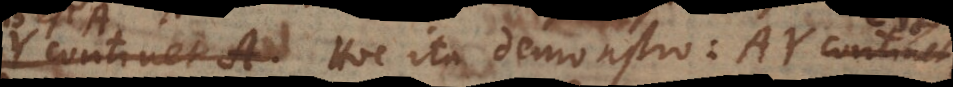
B est A. Hoc ita demonstro: AY continet